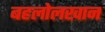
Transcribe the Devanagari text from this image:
बहलोलखान